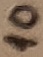
Text: 10